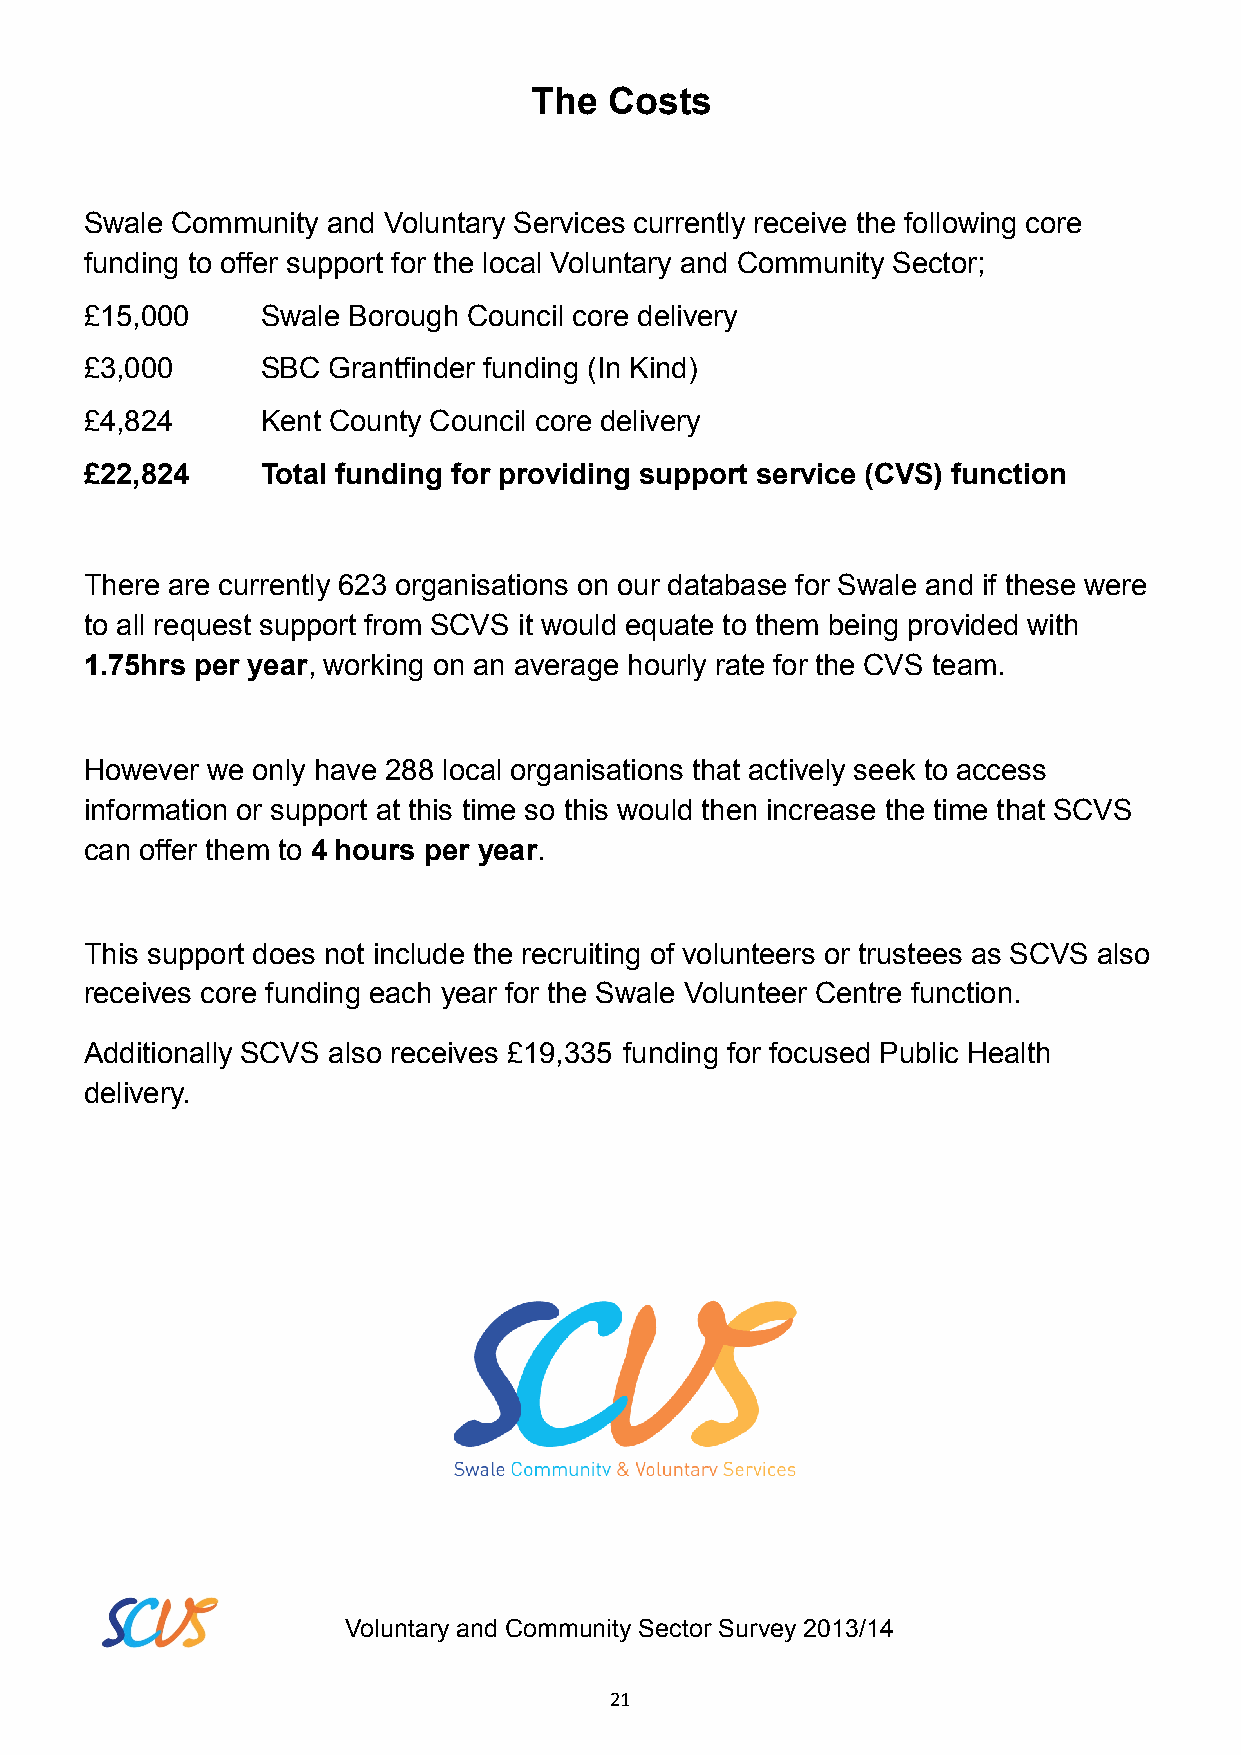
The  Costs
 Swale Community and Voluntary Services currently receive the following core
 funding to offer support for the local Voluntary and Community Sector;
 £15,000    Swale Borough Council core delivery
 £3,000     SBC  Grantfinder funding (In Kind)
 £4,824     Kent County Council core delivery
 £22,824    Total funding for providing support service (CVS) function
 There are currently 623 organisations on our database for Swale and if these were
 to all request support from SCVS it would equate to them being provided with
 1.75hrs per year, working on an average hourly rate for the CVS team.
 However we only have 288 local organisations that actively seek to access
 information or support at this time so this would then increase the time that SCVS
 can offer them to 4 hours per year.
 This support does not include the recruiting of volunteers or trustees as SCVS also
 receives core funding each year for the Swale Volunteer Centre function.
 Additionally SCVS also receives £19,335 funding for focused Public Health
 delivery.
 Voluntary and Community Sector Survey 2013/14
 21